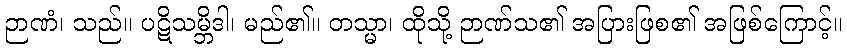
ဉာဏံ၊ သည်။ ပဋိသမ္ဘိဒါ၊ မည်၏။ တသ္မာ၊ ထိုသို့ ဉာဏ်သ၏ အပြားဖြစ၏ အဖြစ်ကြောင့်။